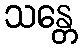
သန္တေ